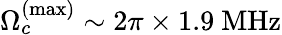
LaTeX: \Omega_{c}^{(\mathrm{max})}\sim 2\pi\times 1.9\ \mathrm{MHz}